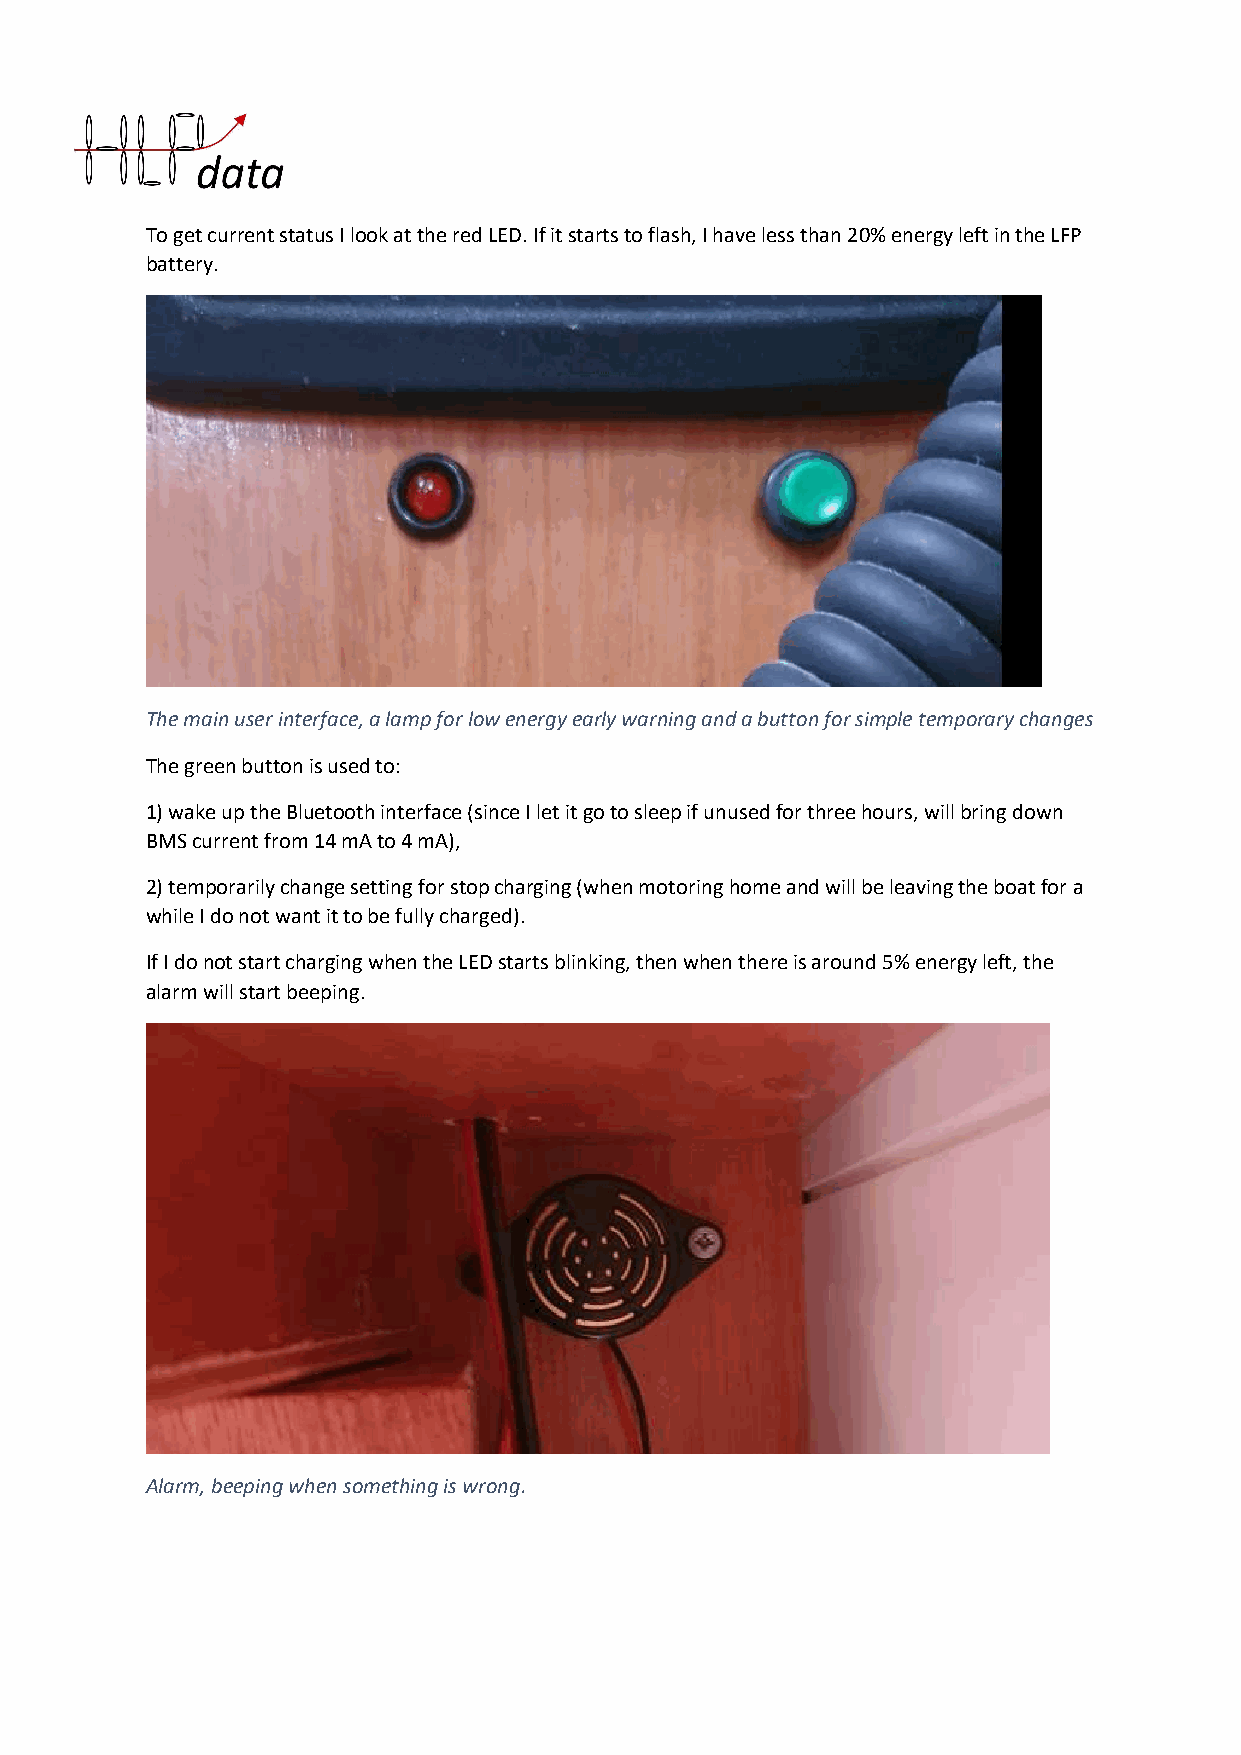
To get current status I look at the red LED. If it starts to flash, I have less than 20% energy left in the LFP
 battery.
 The main user interface, a lamp for low energy early warning and a button for simple temporary changes
 The green button is used to:
 1) wake up the Bluetooth interface (since I let it go to sleep if unused for three hours, will bring down
 BMS current from 14 mA to 4 mA),
 2) temporarily change setting for stop charging (when motoring home and will be leaving the boat for a
 while I do not want it to be fully charged).
 If I do not start charging when the LED starts blinking, then when there is around 5% energy left, the
 alarm will start beeping.
 Alarm, beeping when something is wrong.